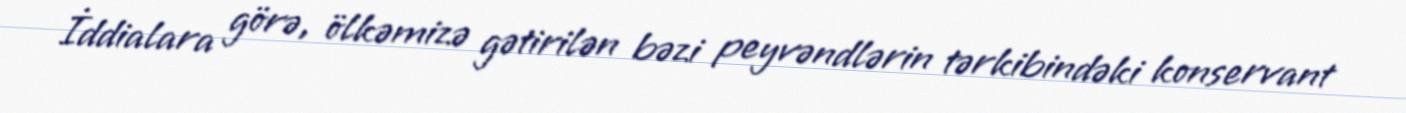
İddialara görə, ölkəmizə gətirilən bəzi peyvəndlərin tərkibindəki konservant